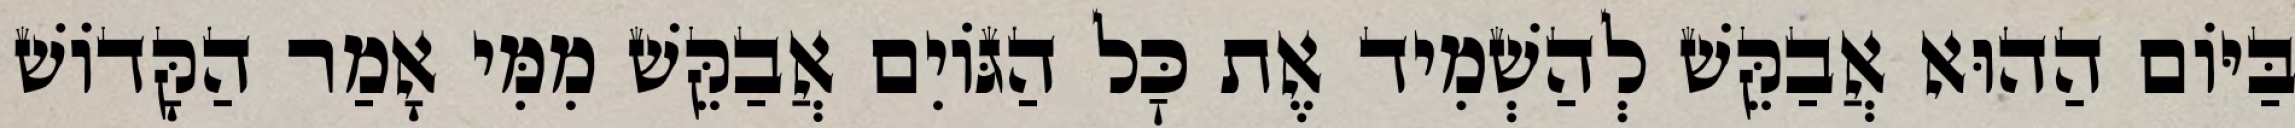
בַּיּוֹם הַהוּא אֲבַקֵּשׁ לְהַשְׁמִיד אֶת כׇּל הַגּוֹיִם אֲבַקֵּשׁ מִמִּי אָמַר הַקָּדוֹשׁ